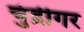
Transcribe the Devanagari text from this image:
चुंद्रीगर